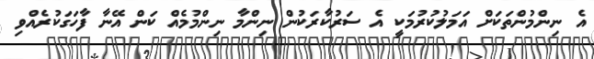
އެ ނިންމުންތަކަށް އަމަލުކުރުމަކީ އެ ސަރުކާރަކުން ނިންމާ ނިންމުމެއް ކަން އޭނާ ފާހަގަކުރެއްވި